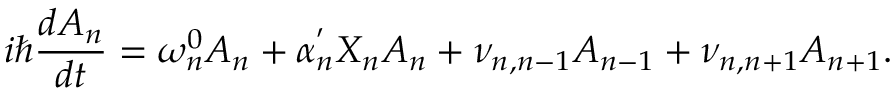
i \hbar \frac { d A _ { n } } { d t } = \omega _ { n } ^ { 0 } A _ { n } + \alpha _ { n } ^ { ' } X _ { n } A _ { n } + \nu _ { n , n - 1 } A _ { n - 1 } + \nu _ { n , n + 1 } A _ { n + 1 } .